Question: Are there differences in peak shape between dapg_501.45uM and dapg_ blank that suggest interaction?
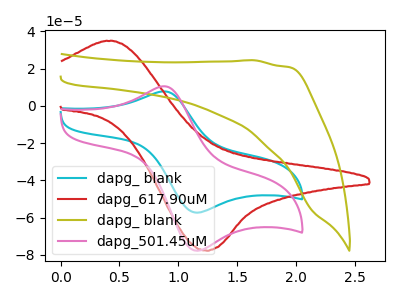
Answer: <think>The cyan curve "dapg_ blank" has an anodic peak at (0.90V, 7.70uA) and a cathodic peak at (1.20V, -57.35uA). The red curve "dapg_617.90uM" has an anodic peak at (0.45V, 34.75uA) and a cathodic peak at (1.25V, -77.80uA). The olive curve "dapg_ blank" has no peaks. The pink curve "dapg_501.45uM" has an anodic peak at (0.90V, 10.45uA) and a cathodic peak at (1.20V, -77.80uA).
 All the peaks in "dapg_501.45uM" have a peak in "dapg_ blank" at the same potential. Every peak in "dapg_501.45uM" is higher than every peak in "dapg_ blank".</think>
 <answer>No, "dapg_501.45uM" and "dapg_ blank" don't appear to be significantly different in shape</answer>
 <eval>no_change</eval>